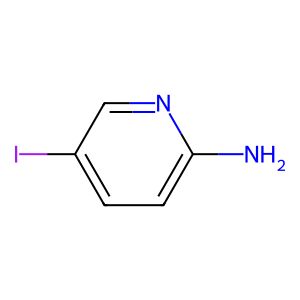
SMILES: Nc1ccc(I)cn1
Inhibits HIV replication: No